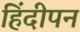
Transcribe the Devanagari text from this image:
हिंदीपन